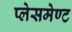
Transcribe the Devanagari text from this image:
प्लेसमेण्ट